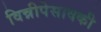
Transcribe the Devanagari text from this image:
विन्नीपेसावकी